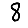
Digit: 8